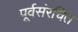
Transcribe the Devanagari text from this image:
पूर्वसंरचित